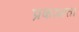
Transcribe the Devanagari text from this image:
प्रकाशता